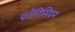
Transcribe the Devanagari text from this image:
फोनिसियन